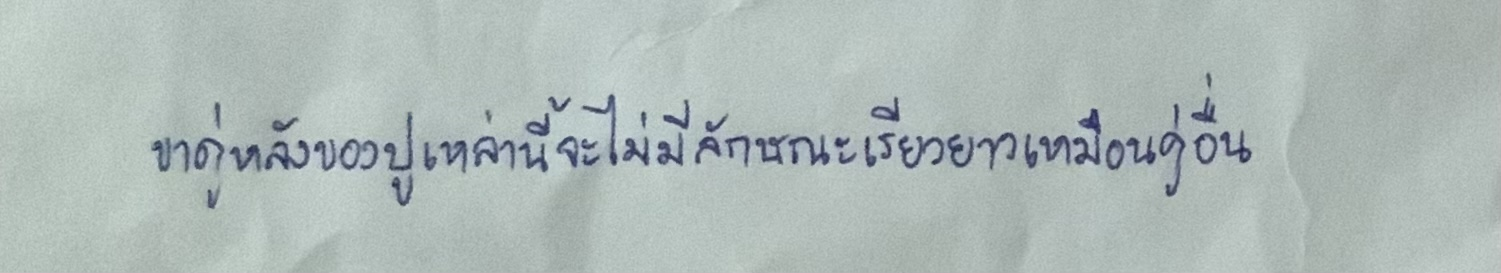
ขาคู่หลังของปูเหล่านี้จะไม่มีลักษณะเรียวยาวเหมือนคู่อื่น